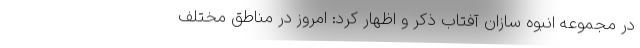
در مجموعه انبوه سازان آفتاب ذکر و اظهار کرد: امروز در مناطق مختلف